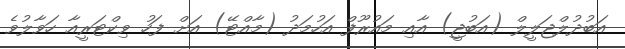
އަބުދުލްޖަލީލް (އަބުޖީ) އާއި މައުރޫފް އަހުމަދު (މާއްޓޭ) އަށް ފަހު ވިކްޓަރީއާ ހަވާލުވެ